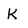
Character: k